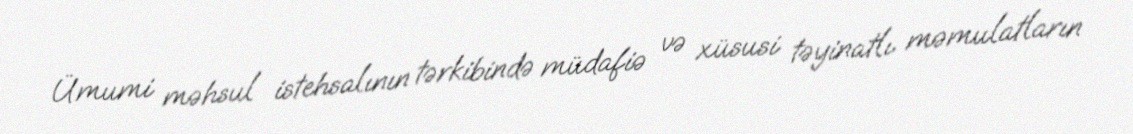
Ümumi məhsul istehsalının tərkibində müdafiə və xüsusi təyinatlı məmulatların